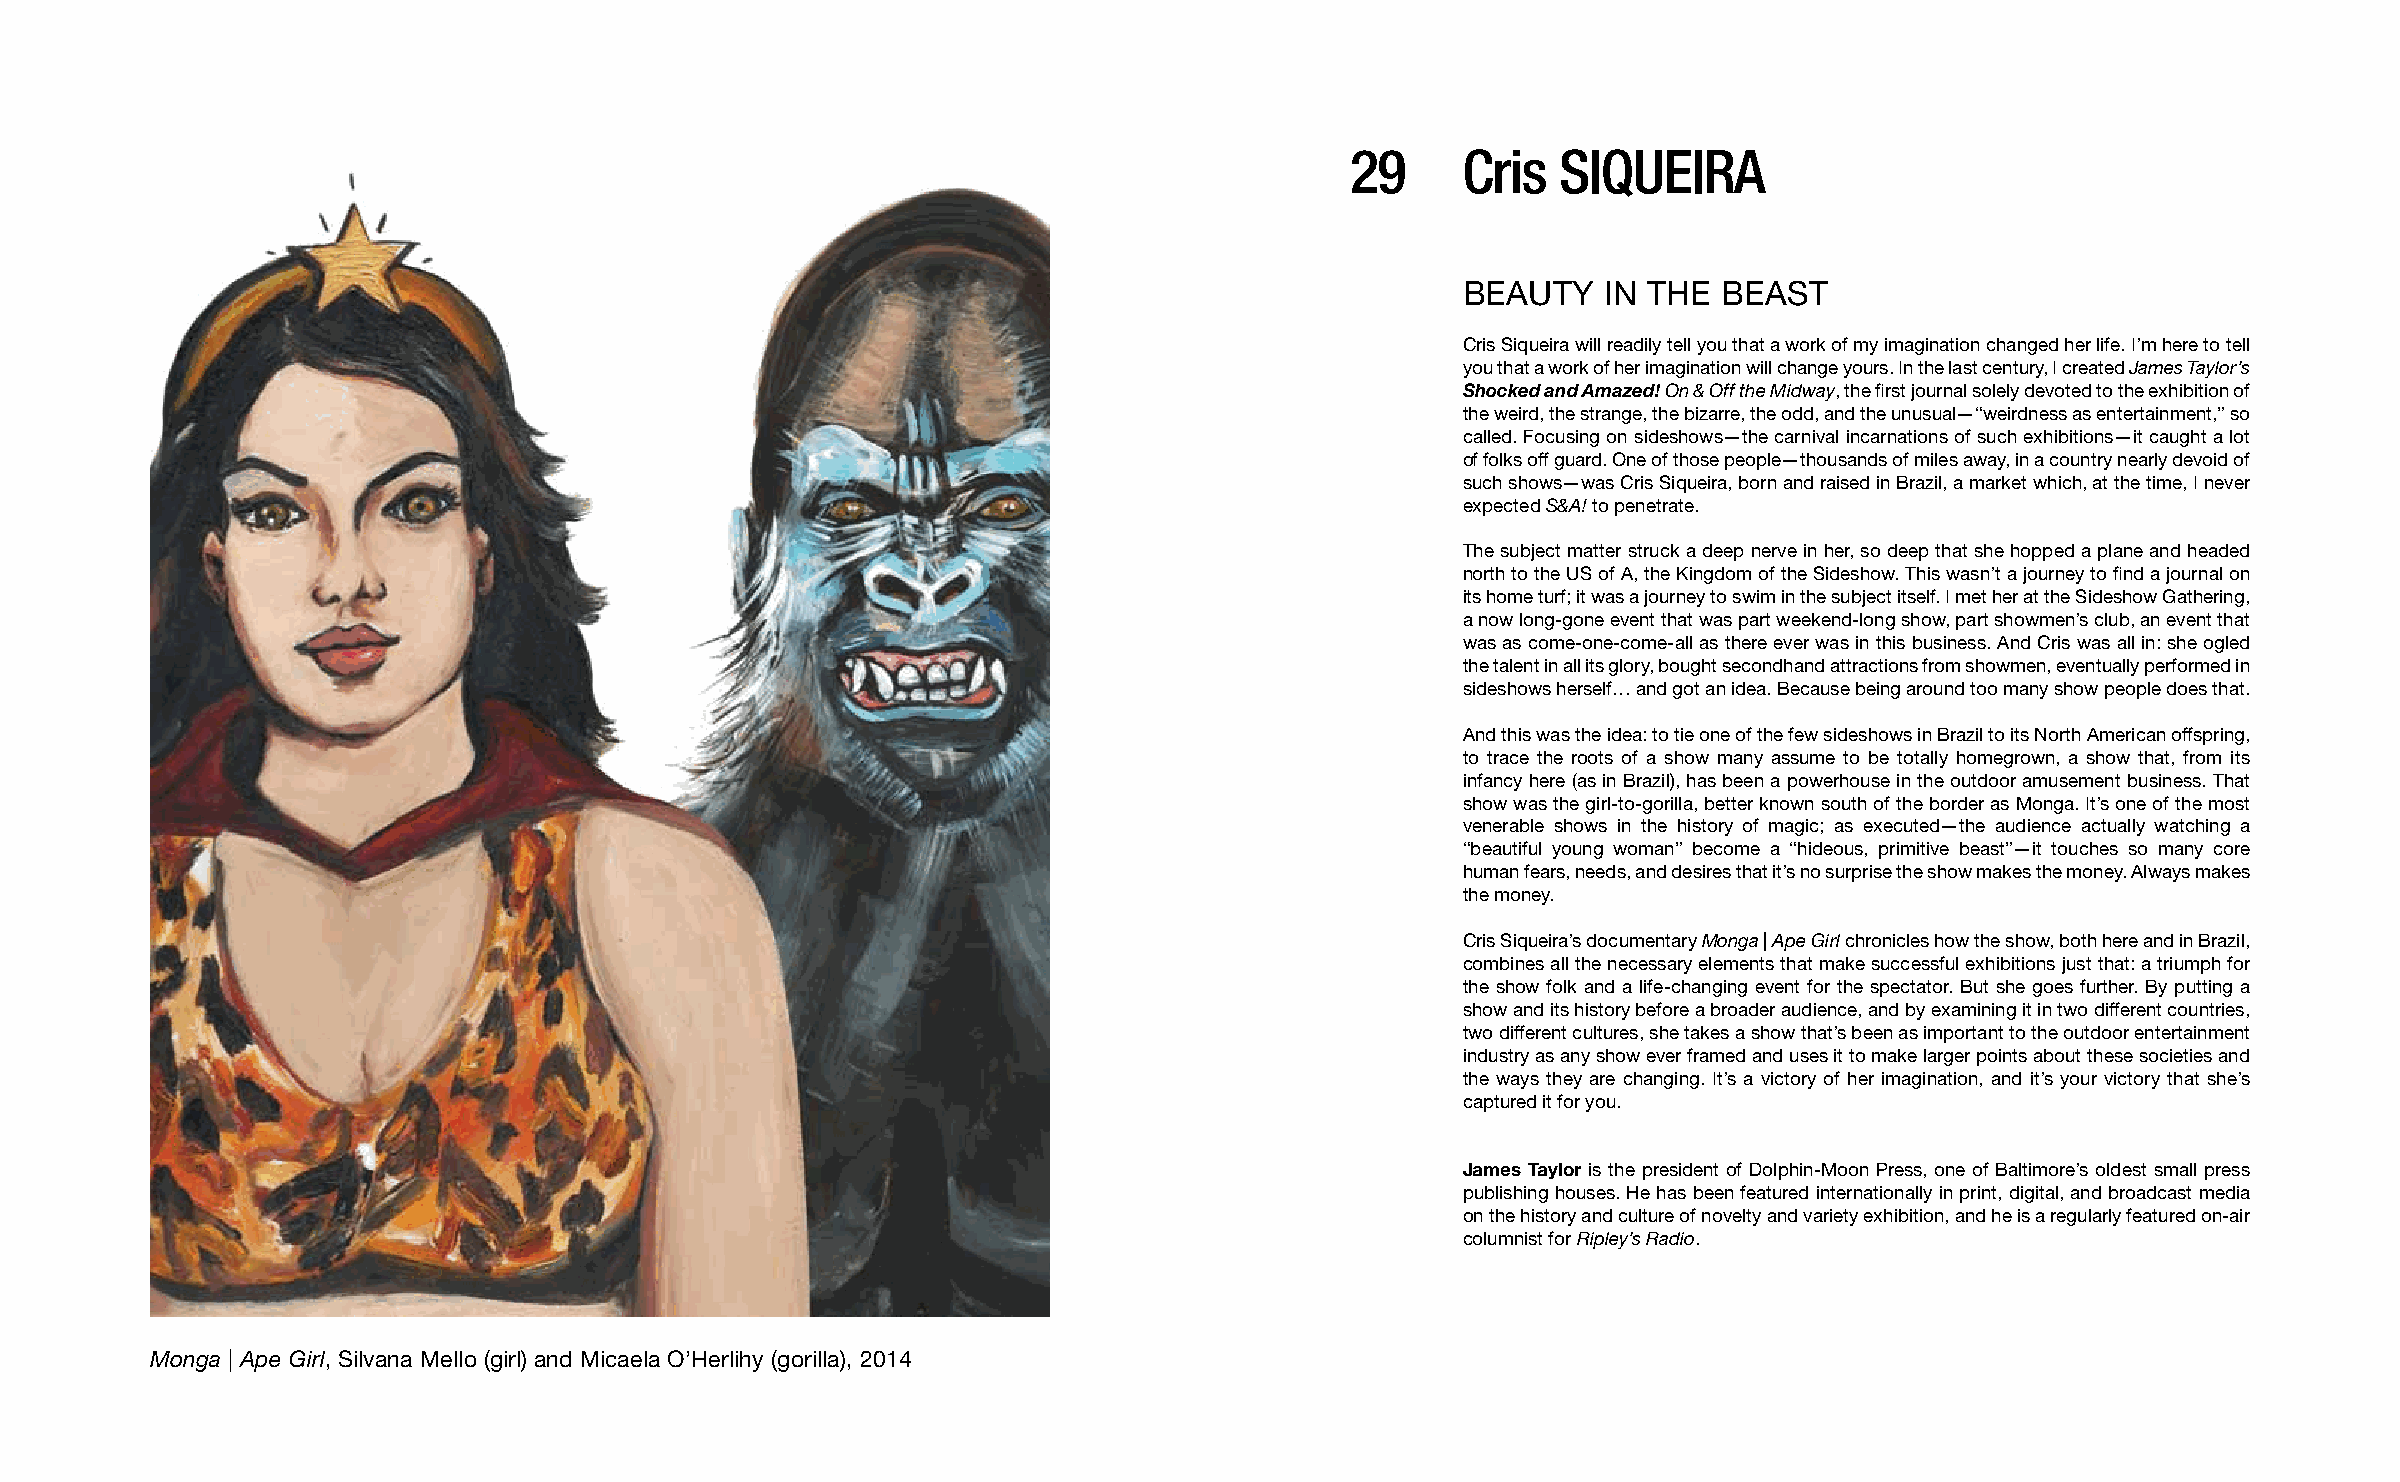
29      Cris  SIQUEIRA
 BEAUTY   IN THE  BEAST
 Cris Siqueira will readily tell you that a work of my imagination changed her life. I’m here to tell
 you that a work of her imagination will change yours. In the last century, I created James Taylor’s
 Shocked and Amazed! On & Off the Midway, the first journal solely devoted to the exhibition of
 the weird, the strange, the bizarre, the odd, and the unusual—“weirdness as entertainment,” so
 called. Focusing on sideshows—the carnival incarnations of such exhibitions—it caught a lot
 of folks off guard. One of those people—thousands of miles away, in a country nearly devoid of
 such shows—was Cris Siqueira, born and raised in Brazil, a market which, at the time, I never
 expected S&A! to penetrate.
 The subject matter struck a deep nerve in her, so deep that she hopped a plane and headed
 north to the US of A, the Kingdom of the Sideshow. This wasn’t a journey to find a journal on
 its home turf; it was a journey to swim in the subject itself. I met her at the Sideshow Gathering,
 a now long-gone event that was part weekend-long show, part showmen’s club, an event that
 was as come-one-come-all as there ever was in this business. And Cris was all in: she ogled
 the talent in all its glory, bought secondhand attractions from showmen, eventually performed in
 sideshows herself… and got an idea. Because being around too many show people does that.
 And this was the idea: to tie one of the few sideshows in Brazil to its North American offspring,
 to trace the roots of a show many assume to be totally homegrown, a show that, from its
 infancy here (as in Brazil), has been a powerhouse in the outdoor amusement business. That
 show was the girl-to-gorilla, better known south of the border as Monga. It’s one of the most
 venerable shows in the history of magic; as executed—the audience actually watching a
 “beautiful young woman” become a “hideous, primitive beast”—it touches so many core
 human fears, needs, and desires that it’s no surprise the show makes the money. Always makes
 the money.
 Cris Siqueira’s documentary Monga | Ape Girl chronicles how the show, both here and in Brazil,
 combines all the necessary elements that make successful exhibitions just that: a triumph for
 the show folk and a life-changing event for the spectator. But she goes further. By putting a
 show and its history before a broader audience, and by examining it in two different countries,
 two different cultures, she takes a show that’s been as important to the outdoor entertainment
 industry as any show ever framed and uses it to make larger points about these societies and
 the ways they are changing. It’s a victory of her imagination, and it’s your victory that she’s
 captured it for you.
 James Taylor is the president of Dolphin-Moon Press, one of Baltimore’s oldest small press
 publishing houses. He has been featured internationally in print, digital, and broadcast media
 on the history and culture of novelty and variety exhibition, and he is a regularly featured on-air
 columnist for Ripley’s Radio.
 Monga | Ape Girl, Silvana Mello (girl) and Micaela O’Herlihy (gorilla), 2014